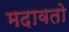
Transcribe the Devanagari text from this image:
मदावतो